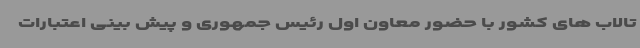
تالاب های کشور با حضور معاون اول رئیس جمهوری و پیش بینی اعتبارات